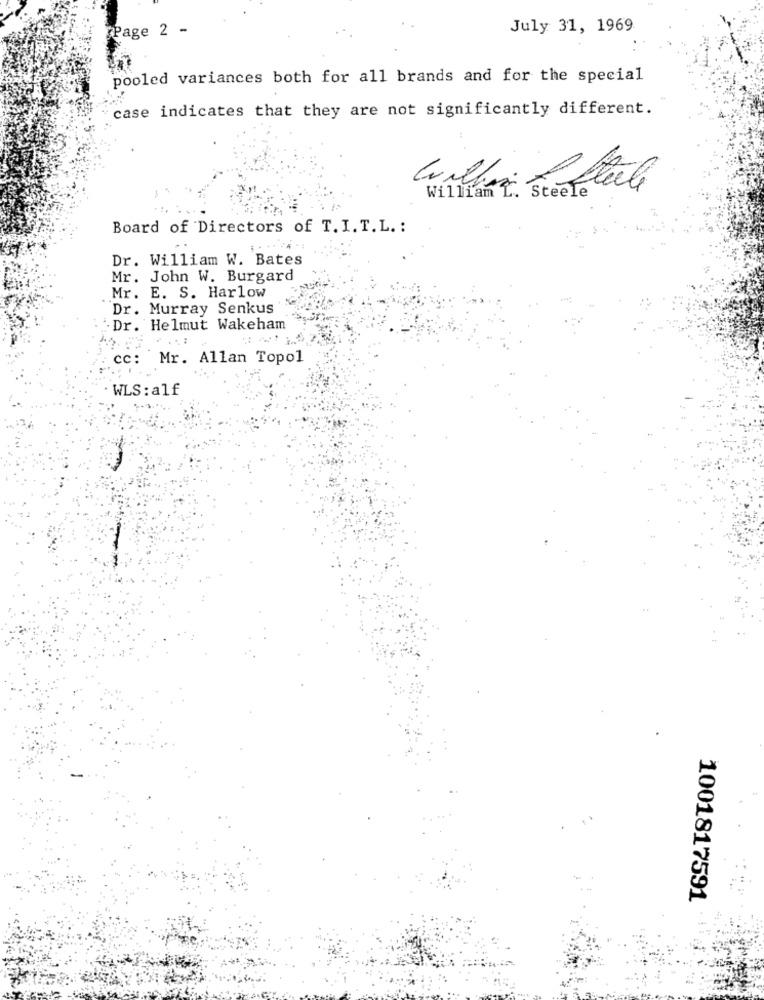
Page 2 -
July 31, 1969
pooled variances both for all brands and for the special
case indicates that they are not significantly different.
Steele
Board of Directors of T. I. T.L. :
Dr. William W. Bates
Mr. John W. Burgard
Mr. E. S. Harlow
Dr. Murray Senkus
Dr. Helmut Wakeham
cc: Mr. Allan Topol
WLS : alf
1001817591